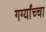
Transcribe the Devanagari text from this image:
गर्ग्यांच्चा